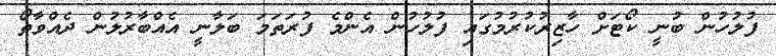
ފުލުހުން ބުނީ ކޯޓަށް ހާޒިރުކުރުމުގައި ފުލުހުން އެންމެ ފުރަތަމަ ބަލާނީ އެއްބާރުލުން ދެއްވާތޯ